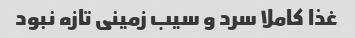
غذا کاملا سرد و سیب زمینی تازه نبود